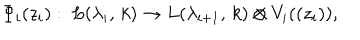
\Phi _ { i } ( z _ { i } ) : \; L ( \lambda _ { i } , \, k ) \rightarrow L ( \lambda _ { i + 1 } , \, k ) \otimes V _ { i } ( ( z _ { i } ) ) ,